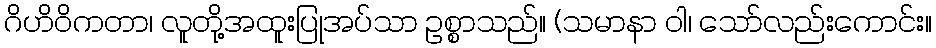
ဂိဟိဝိကတာ၊ လူတို့အထူးပြုအပ်သာ ဥစ္စာသည်။ (သမာနာ ဝါ၊ သော်လည်းကောင်း။